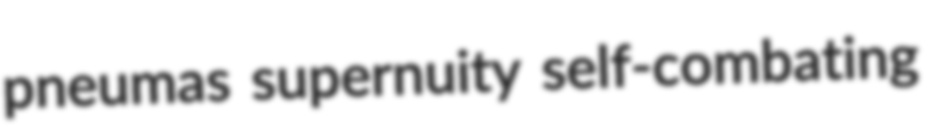
pneumas supernuity self-combating